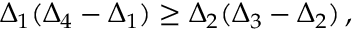
\Delta _ { 1 } ( \Delta _ { 4 } - \Delta _ { 1 } ) \ge \Delta _ { 2 } ( \Delta _ { 3 } - \Delta _ { 2 } ) \, ,